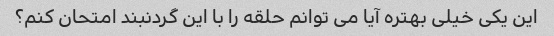
این یکی خیلی بهتره آیا می توانم حلقه را با این گردنبند امتحان کنم؟